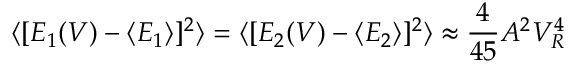
\langle [ E _ { 1 } ( V ) - \langle E _ { 1 } \rangle ] ^ { 2 } \rangle = \langle [ E _ { 2 } ( V ) - \langle E _ { 2 } \rangle ] ^ { 2 } \rangle \approx \frac { 4 } { 4 5 } A ^ { 2 } V _ { R } ^ { 4 }